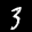
Label: 3